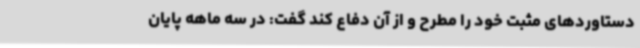
دستاوردهای مثبت خود را مطرح و از آن دفاع کند گفت: در سه ماهه پایان